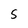
Character: S